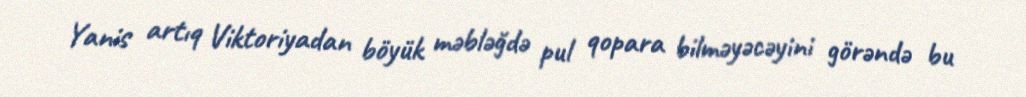
Yanis artıq Viktoriyadan böyük məbləğdə pul qopara bilməyəcəyini görəndə bu